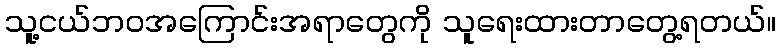
သူ့ငယ်ဘဝအကြောင်းအရာတွေကို သူရေးထားတာတွေ့ရတယ်။